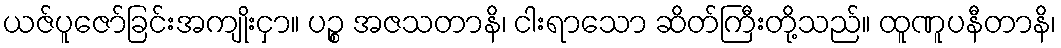
ယဇ်ပူဇော်ခြင်းအကျိုးငှာ။ ပဉ္စ အဇသတာနိ၊ ငါးရာသော ဆိတ်ကြီးတို့သည်။ ထူဏူပနီတာနိ၊